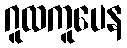
ဂူထကူပေန